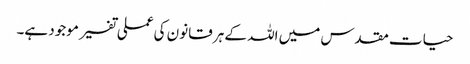
حیات مقدس میں اللہ کے ہر قانون کی عملی تفسیر موجود ہے۔